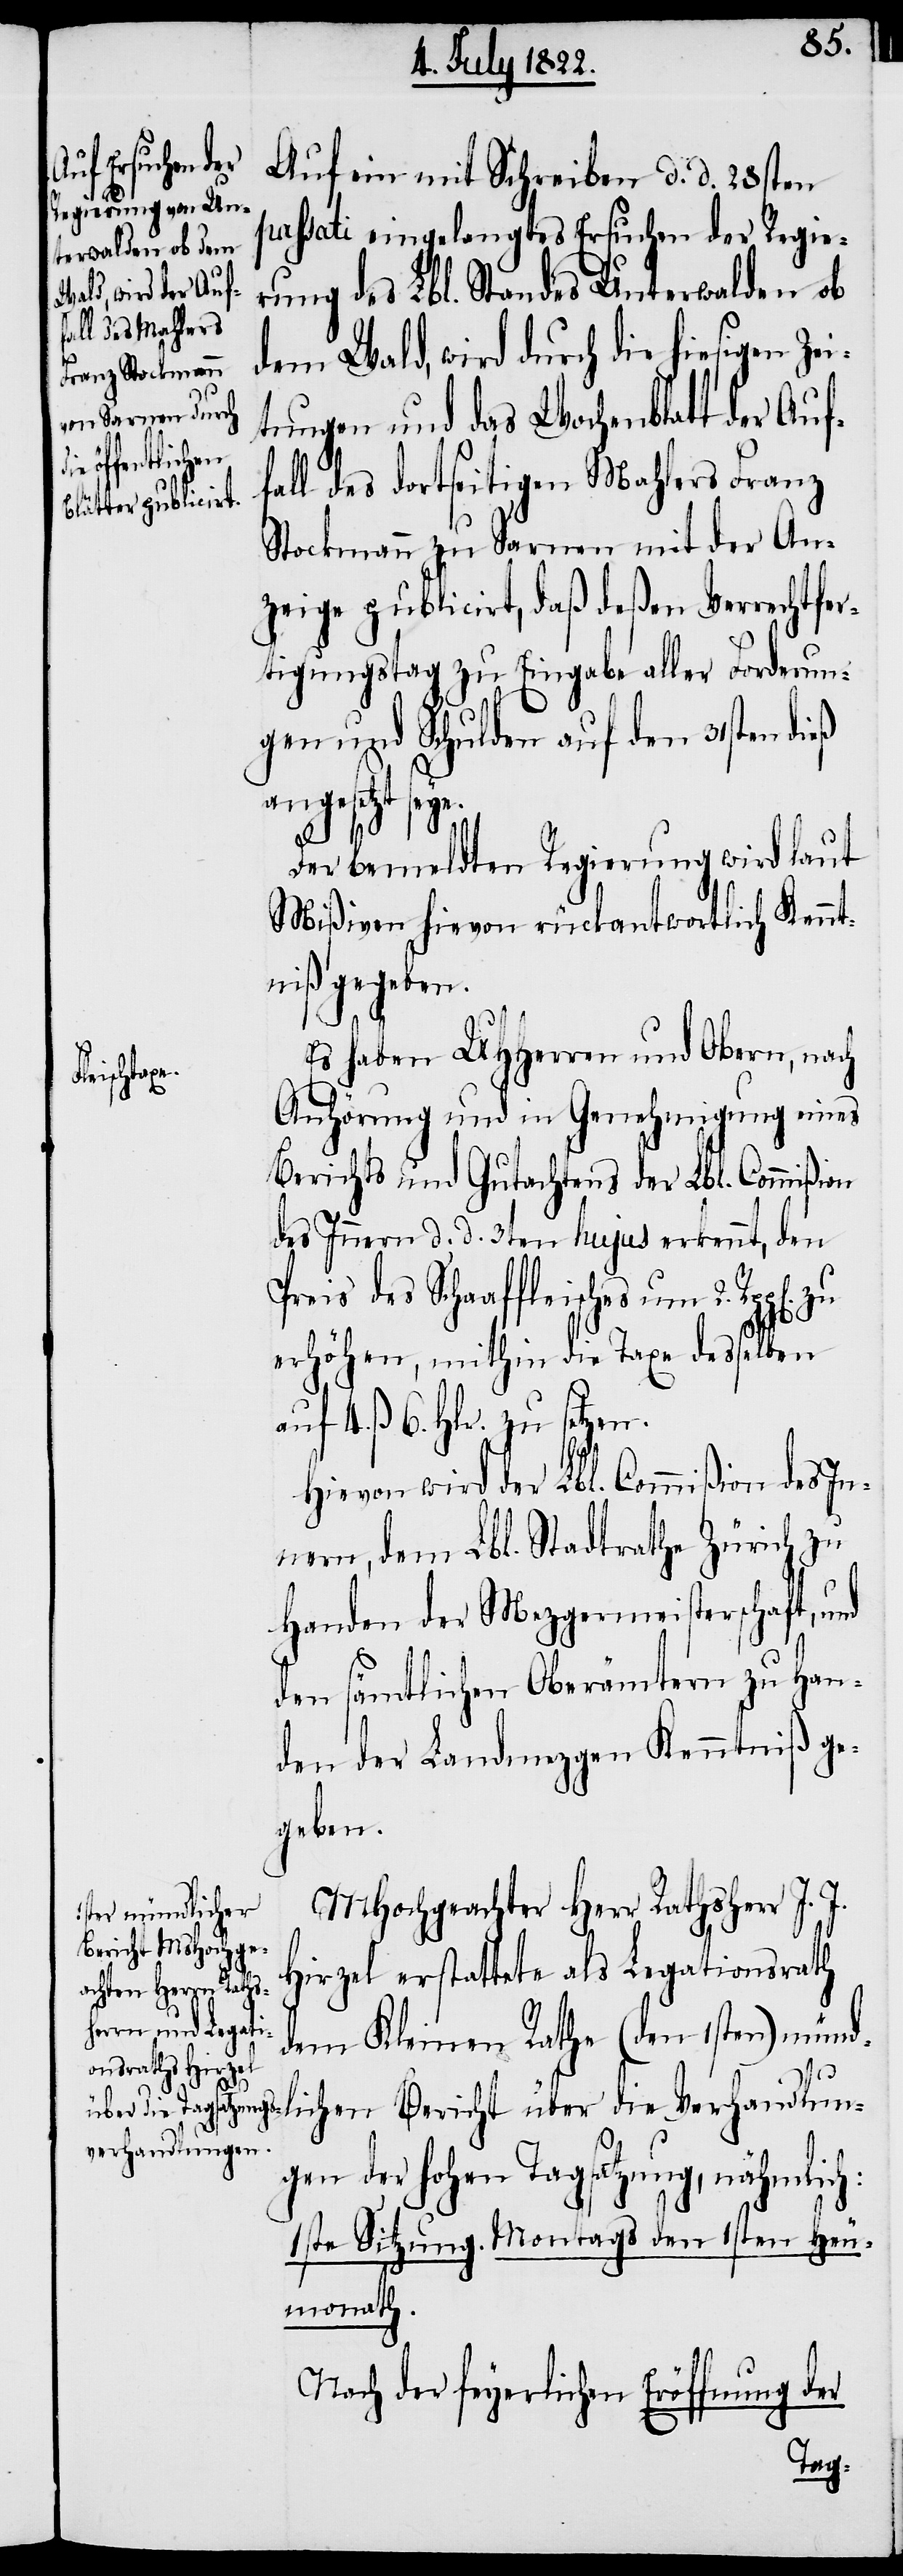
Auf ein mit Schreiben d. d. 28sten
passati eingelangtes Ersuchen der Regie¬
rung des Lbl. Standes Unterwalden ob
dem Wald, wird durch die hiesigen Zei¬
tungen und das Wochenblatt der Auf¬
fall des dortseitigen Mahlers Franz
Stockmann zu Sarnen mit der An¬
zeige publicirt, daß deßen Verrechtfer¬
tigungstag zu Eingabe aller Forderun¬
gen und Schulden auf den 31sten dieß
angesetzt seye.
Der bemeldten Regierung wird laut
Mißiven hievon rückantwortlich Kennt¬
niß gegeben.
Es haben UHHerren und Obern, nach
die
Anhörung und in Genehmigung eines
Berichts und Gutachtens der Lbl. Commißion
des Innern d. d. 3ten hujus erkennt, den
Preis des Schaaffleisches um
erhöhen, mithin die Taxe desselben
auf 4. ß 6. Hlr. zu setzen.
Hievon wird der Lbl. Commißion des In¬
nern, dem Lbl. Stadtrathe Zürich zu
Handen der Mezgermeisterschaft, u¬
nd
den sämtlichen Oberämtern zu Han¬
den der Landmezgen Kenntniß ge¬
geben.
MHochgeachter Herr Rathsherr J. J.
Hirzel erstattete als Legationsrath
ichen Bericht ü¬
dem Kleinen Rathe (den 1sten) mündl¬
Verhandlungen
der hohen Tagsatzung, nähmlich:
1ste Sitzung. Montags den 1sten Heu¬
monath.
Nach der feyerlichen Eröffnung der